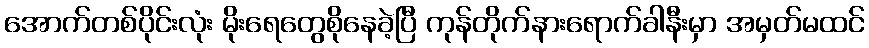
အောက်တစ်ပိုင်းလုံး မိုးရေတွေစိုနေခဲ့ပြီ ကုန်တိုက်နားရောက်ခါနီးမှာ အမှတ်မထင်